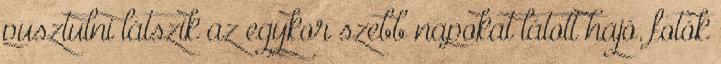
pusztulni látszik az egykor szebb napokat látott hajó. fotók